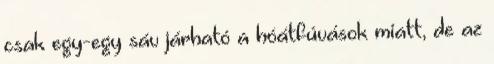
csak egy-egy sáv járható a hóátfúvások miatt, de az